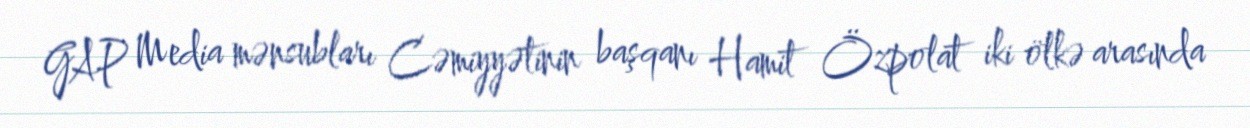
GAP Media mənsubları Cəmiyyətinin başqanı Hamit Özpolat iki ölkə arasında